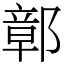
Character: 鄣